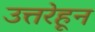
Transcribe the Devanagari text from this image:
उत्तरेहून